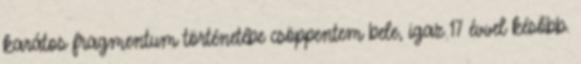
karátos fragmentum történetébe csöppentem bele, igaz 17 évvel később.